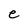
Character: e